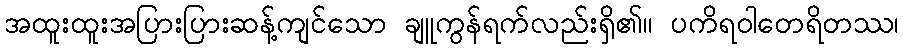
အထူးထူးအပြားပြားဆန့်ကျင်သော ချူကွန်ရက်လည်းရှိ၏။ ပကိရဝါတေရိတဿ၊